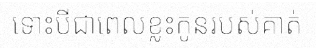
ទោះបីជាពេលខ្លះកូនរបស់គាត់